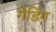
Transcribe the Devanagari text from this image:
गेडिंग